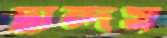
ছান্দস